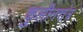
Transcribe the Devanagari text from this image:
कुलीनत्तंत्र